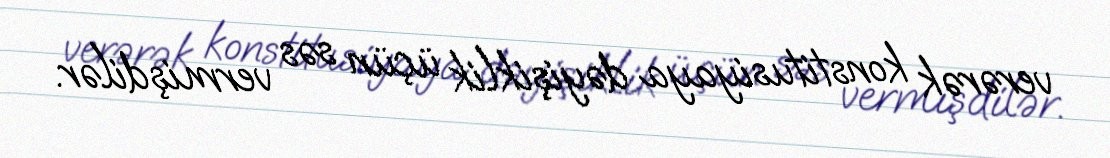
verərək konstitusiyaya dəyişiklik üçün səs vermişdilər.